Punjab Mental Hospital Lahore 1932-46 - 1932-1946
Year: 1932
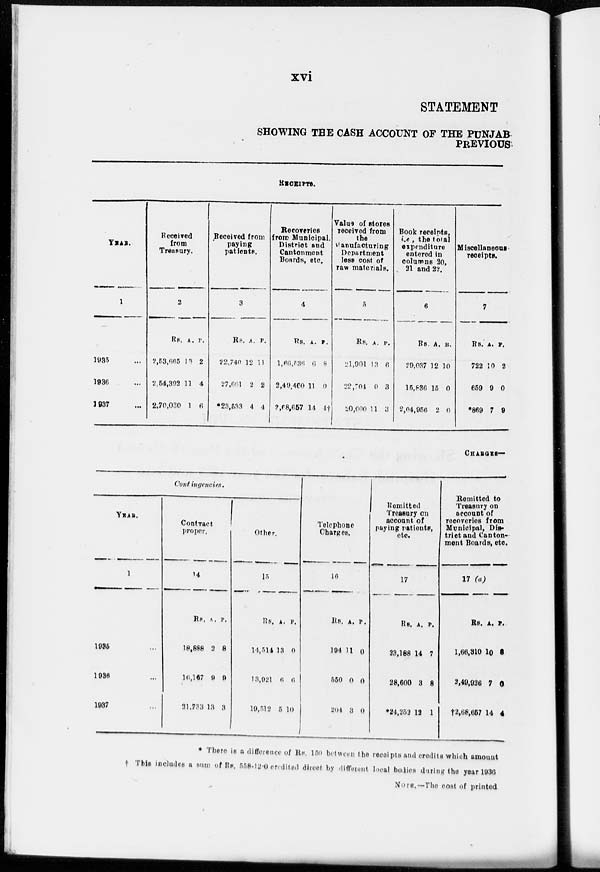
xvi
STATEMENT
SHOWING THE CASH ACCOUNT OF THE PUNJAB
PREVIOUS
RECEIPTS.
YEARS.
1
1935 ...
1936 ...
1937 ...
Received
from
Treasury.
2
Rs.
2,53,665
2,54,392
2,70,030
A.
13
11
1
P.
2
4
6
Received from
paying
patients.
3
Rs.
22,740
27,661
*23,533
A.
12
2
4
P.
11
2
4
Recoveries
from Municipal.
District and
Cantonment
Boards, etc.
4
Rs.
l,66,536
2,49,460
2,68,657
A.
6
11
14
P.
8
0
4†
Value of stores
received from
the
Manufacturing
Department
less cost of
raw materials.
5
Rs.
21,901
22,704
20,600
A.
13
0
11
P.
6
3
3
Book receipts
i.e , the total
expenditure
entered in
columns 20,
21 and 22.
6
Rs.
29,037
15,836
2,04,956
A.
12
15
2
P.
10
0
0
Miscellaneous
receipts.
7
Rs.
722
659
*869
A.
10
9
7
P.
2
0
9
CHARGES—
Contingencies.
YEAR.
1
1935 ...
1936 ...
1937 ...
Contract
proper.
14
Rs.
18,888
l6,167
31,733
A.
3
9
13
P.
8
9
3
Other.
15
Rs.
14,514
13,921
19,512
A.
13
6
5
P.
0
6
10
Telephone
Charges.
16
Rs.
194
550
204
A.
11
0
3
P.
0
0
0
Remitted to
Treasury on
account
of
paying patients,
etc.
17
Rs.
23,188
28,600
*24,252
A.
14
3
12
P.
7
8
1
Remitted to
Treasury on
account of
recoveries from
Municipal, Dis¬
trict and Canton¬
ment Board, etc.
17 (a)
Rs.
1,66,310
2,49,926
†2,68,657
A.
10
7
14
P.
8
0
4
* There is a difference of Rs. 150 between the receipts and credits which amount
This includes a sum of Rs. 558-12-0 credited direct by different local bodies during the year 1936
NOTE. — The cost of printed